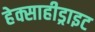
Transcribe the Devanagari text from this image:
हेक्साहीड्राइट